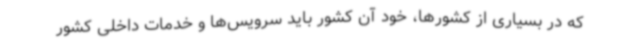
که در بسیاری از کشورها، خود آن کشور باید سرویس‌ها و خدمات داخلی کشور